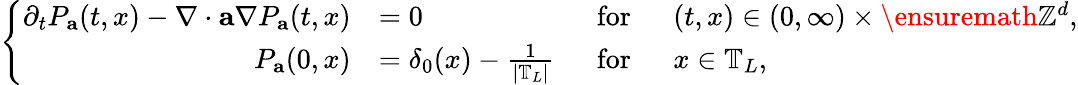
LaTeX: \left\{ \begin{array}{rlrl}{\partial_{t}P_{\mathbf{a}}(t,x)-\nabla\cdot\mathbf{a}\nabla P_{\mathbf{a}}(t,x)}&{=0}&{~~\mathrm{for}}&{~~(t,x)\in(0,\infty)\times\ensuremath{\mathbb{Z}^{d}},}\\ {P_{\mathbf{a}}(0,x)}&{=\delta_{0}(x)-\frac{1}{\left|\mathbb{T}_{L}\right|}}&{~~\mathrm{for}}&{~~x\in\mathbb{T}_{L},}\end{array}\right.